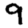
Digit: 9